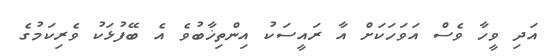
އަދި ވީހާ ވެސް އަވަހަކަށް އާ ރައީސަކު އިންތިޚާބުވެ އެ ބޭފުޅަކު ވެރިކަމުގެ